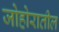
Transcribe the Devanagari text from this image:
जोहोरातील